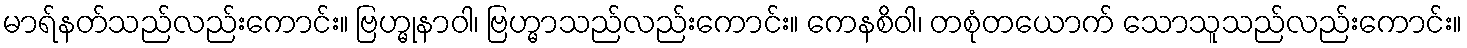
မာရ်နတ်သည်လည်းကောင်း။ ဗြဟ္မုနာဝါ၊ ဗြဟ္မာသည်လည်းကောင်း။ ကေနစိဝါ၊ တစုံတယောက် သောသူသည်လည်းကောင်း။